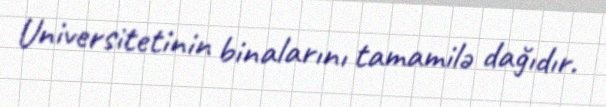
Universitetinin binalarını tamamilə dağıdır.